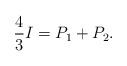
LaTeX: \begin{align*}\frac{4}{3}I=P_1+P_2.\end{align*}